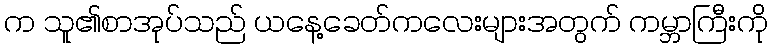
က သူ၏စာအုပ်သည် ယနေ့ခေတ်ကလေးများအတွက် ကမ္ဘာကြီးကို